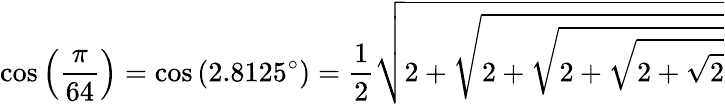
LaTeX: \cos\left({\frac{\pi}{64}}\right)=\cos\left(2.8125^{\circ}\right)={\frac{1}{2}}{\sqrt{2+{\sqrt{2+{\sqrt{2+{\sqrt{2+{\sqrt{2}}}}}}}}}}